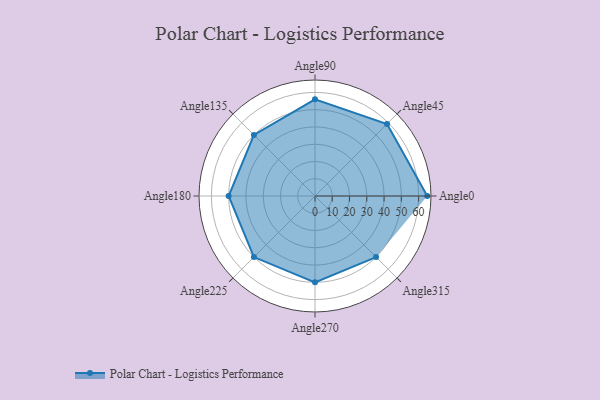
{"axis": {"x": "Angle", "y": "Radius"}, "legend": [""], "data": [{"x": "Angle0", "y": 65.0, "type": ""}, {"x": "Angle45", "y": 59.0, "type": ""}, {"x": "Angle90", "y": 56.0, "type": ""}, {"x": "Angle135", "y": 50.0, "type": ""}, {"x": "Angle180", "y": 50.0, "type": ""}, {"x": "Angle225", "y": 50, "type": ""}, {"x": "Angle270", "y": 50, "type": ""}, {"x": "Angle315", "y": 50, "type": ""}]}